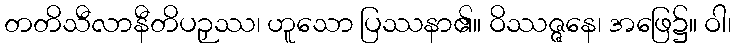
တတိသီလာနီတိပဉှဿ၊ ဟူသော ပြဿနာ၏။ ဝိဿဇ္ဇနေ၊ အဖြေ၌။ ဝါ၊